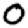
Digit: 0